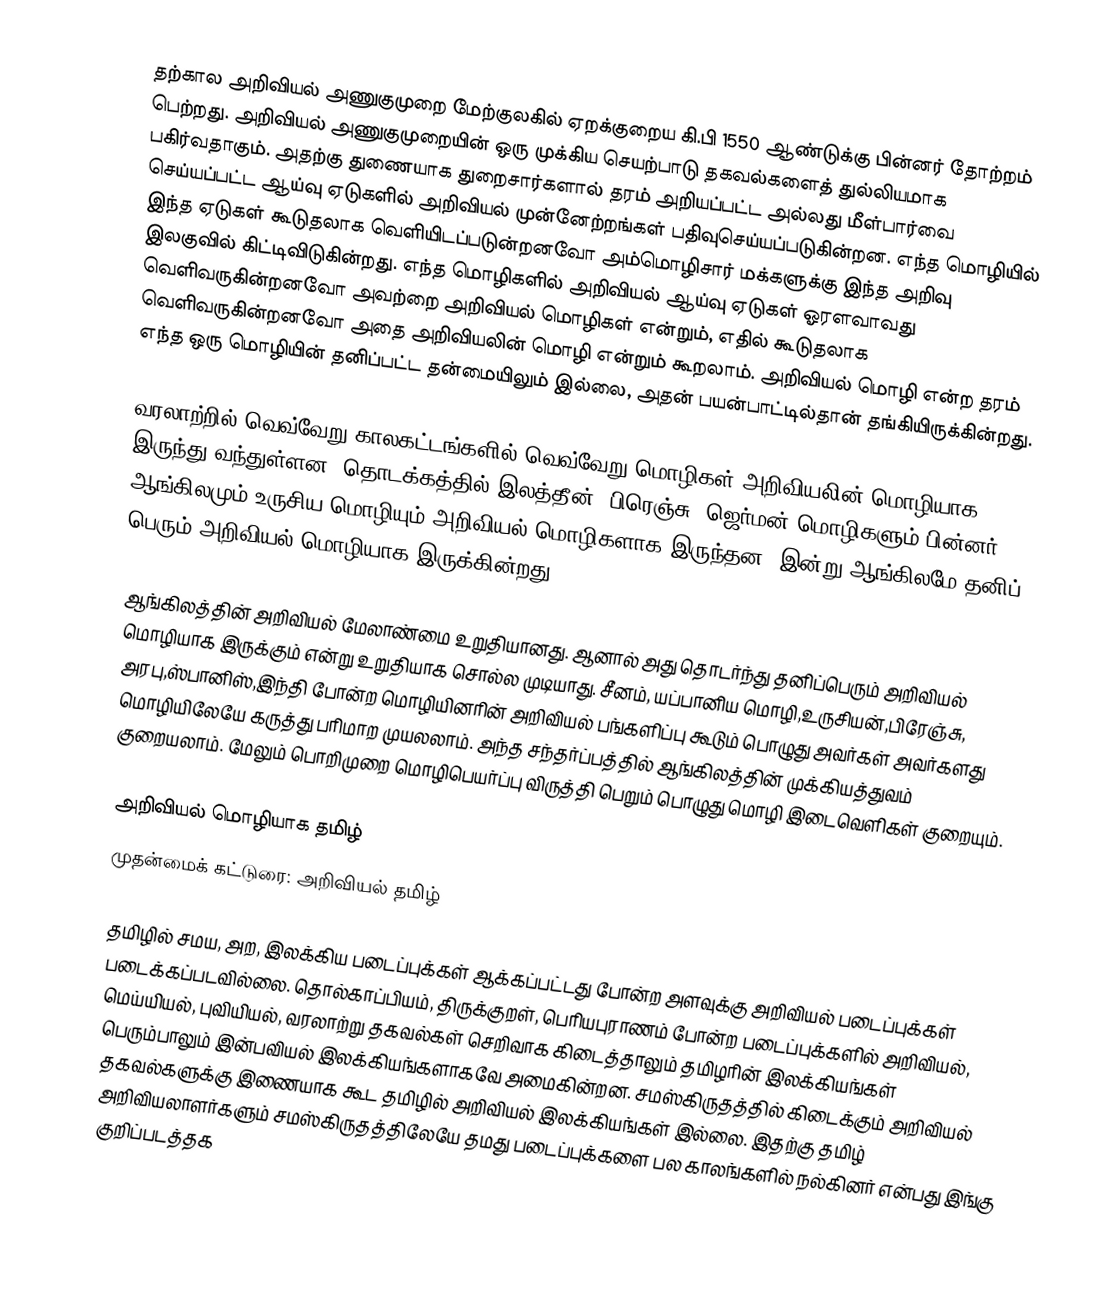
தற்கால அறிவியல் அணுகுமுறை மேற்குலகில் ஏறக்குறைய கி.பி 1550 ஆண்டுக்கு பின்னர் தோற்றம் பெற்றது.  அறிவியல் அணுகுமுறையின் ஒரு முக்கிய செயற்பாடு தகவல்களைத் துல்லியமாக பகிர்வதாகும்.  அதற்கு துணையாக துறைசார்களால் தரம் அறியப்பட்ட அல்லது மீள்பார்வை செய்யப்பட்ட ஆய்வு ஏடுகளில் அறிவியல் முன்னேற்றங்கள் பதிவுசெய்யப்படுகின்றன.  எந்த மொழியில் இந்த ஏடுகள் கூடுதலாக வெளியிடப்படுன்றனவோ அம்மொழிசார் மக்களுக்கு இந்த அறிவு இலகுவில் கிட்டிவிடுகின்றது.  எந்த மொழிகளில் அறிவியல் ஆய்வு ஏடுகள் ஓரளவாவது வெளிவருகின்றனவோ அவற்றை அறிவியல் மொழிகள் என்றும், எதில் கூடுதலாக வெளிவருகின்றனவோ அதை அறிவியலின் மொழி என்றும் கூறலாம்.  அறிவியல் மொழி என்ற தரம் எந்த ஒரு மொழியின் தனிப்பட்ட தன்மையிலும் இல்லை, அதன் பயன்பாட்டில்தான் தங்கியிருக்கின்றது.

வரலாற்றில் வெவ்வேறு காலகட்டங்களில் வெவ்வேறு மொழிகள் அறிவியலின் மொழியாக இருந்து வந்துள்ளன.  தொடக்கத்தில் இலத்தீன், பிரெஞ்சு, ஜெர்மன் மொழிகளும் பின்னர் ஆங்கிலமும் உருசிய மொழியும் அறிவியல் மொழிகளாக இருந்தன.  இன்று ஆங்கிலமே தனிப் பெரும் அறிவியல் மொழியாக இருக்கின்றது.

ஆங்கிலத்தின் அறிவியல் மேலாண்மை உறுதியானது.  ஆனால் அது தொடர்ந்து தனிப்பெரும் அறிவியல் மொழியாக இருக்கும் என்று உறுதியாக சொல்ல முடியாது. சீனம், யப்பானிய மொழி,உருசியன்,பிரேஞ்சு, அரபு,ஸ்பானிஸ்,இந்தி போன்ற மொழியினரின் அறிவியல் பங்களிப்பு கூடும் பொழுது அவர்கள் அவர்களது மொழியிலேயே கருத்து பரிமாற முயலலாம்.  அந்த சந்தர்ப்பத்தில் ஆங்கிலத்தின் முக்கியத்துவம் குறையலாம்.  மேலும் பொறிமுறை மொழிபெயர்ப்பு விருத்தி பெறும் பொழுது மொழி இடைவெளிகள் குறையும்.

அறிவியல் மொழியாக தமிழ்
முதன்மைக் கட்டுரை: அறிவியல் தமிழ்

தமிழில் சமய, அற, இலக்கிய படைப்புக்கள் ஆக்கப்பட்டது போன்ற அளவுக்கு அறிவியல் படைப்புக்கள் படைக்கப்படவில்லை.  தொல்காப்பியம், திருக்குறள், பெரியபுராணம் போன்ற படைப்புக்களில் அறிவியல், மெய்யியல், புவியியல், வரலாற்று தகவல்கள் செறிவாக கிடைத்தாலும் தமிழரின் இலக்கியங்கள் பெரும்பாலும் இன்பவியல் இலக்கியங்களாகவே அமைகின்றன.  சமஸ்கிருதத்தில் கிடைக்கும் அறிவியல் தகவல்களுக்கு இணையாக கூட தமிழில் அறிவியல் இலக்கியங்கள் இல்லை.  இதற்கு தமிழ் அறிவியலாளர்களும் சமஸ்கிருதத்திலேயே தமது படைப்புக்களை பல காலங்களில் நல்கினர் என்பது இங்கு குறிப்படத்தக